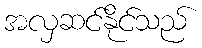
အလှဆင်နိုင်သည်